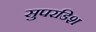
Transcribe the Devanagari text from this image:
सुपरडिश